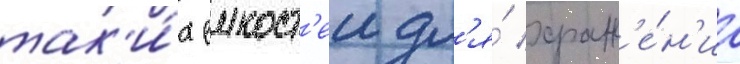
так'и́х емкост'еи дл'я́ хран'е́н'иа